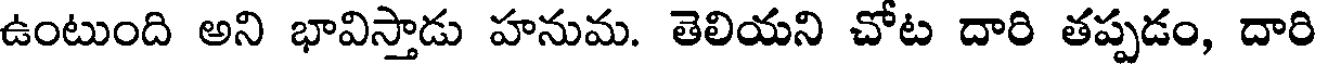
ఉంటుంది అని భావిస్తాడు హనుమ. తెలియని చోట దారి తప్పడం, దారి